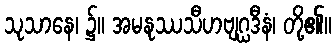
သုသာနေ၊ ၌။ အမနုဿသီဟဗျဂ္ဃဒီနံ၊ တို့၏။